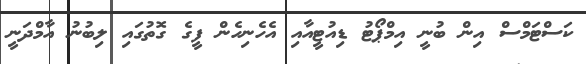
ކަސްޓަމްސް އިން ބުނީ އިމްޕޯޓު ޑިއުޓީއާއި އެހެނިހެން ފީގެ ގޮތުގައި ލިބުނު އާމްދަނީ